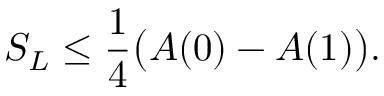
S _ { L } \leq \frac { 1 } { 4 } \bigl ( A ( 0 ) - A ( 1 ) \bigr ) .